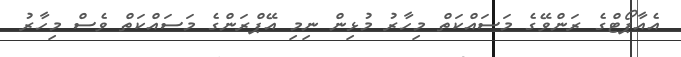
އެއާޕޯޓްގެ ރަންވޭގެ މަސައްކަތް މިހާރު މުޅިން ނިމި އޭޕްރަންގެ މަސައްކަތް ވެސް މިހާރު